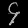
Digit: ၄